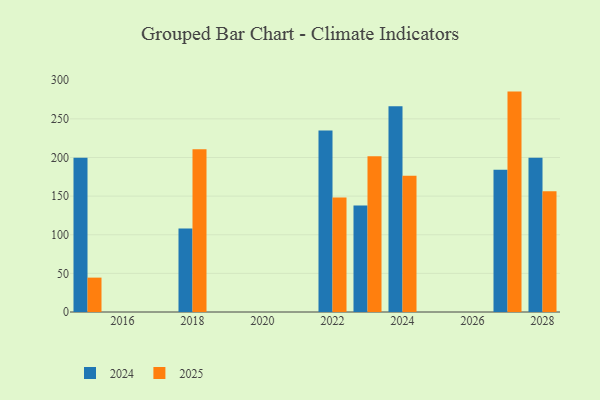
{"axis": {"x": "Year", "y": "Operating Costs (USD K)"}, "legend": ["2024", "2025"], "data": [{"x": "2028", "y": 199.8, "type": "2024"}, {"x": "2028", "y": 156.3, "type": "2025"}, {"x": "2024", "y": 266.2, "type": "2024"}, {"x": "2024", "y": 176.3, "type": "2025"}, {"x": "2027", "y": 184.1, "type": "2024"}, {"x": "2027", "y": 285.3, "type": "2025"}, {"x": "2018", "y": 108.1, "type": "2024"}, {"x": "2018", "y": 210.6, "type": "2025"}, {"x": "2023", "y": 138.0, "type": "2024"}, {"x": "2023", "y": 201.7, "type": "2025"}, {"x": "2022", "y": 235.1, "type": "2024"}, {"x": "2022", "y": 148.1, "type": "2025"}, {"x": "2015", "y": 199.7, "type": "2024"}, {"x": "2015", "y": 44.5, "type": "2025"}]}